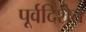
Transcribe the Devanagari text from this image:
पूर्वदिशेत